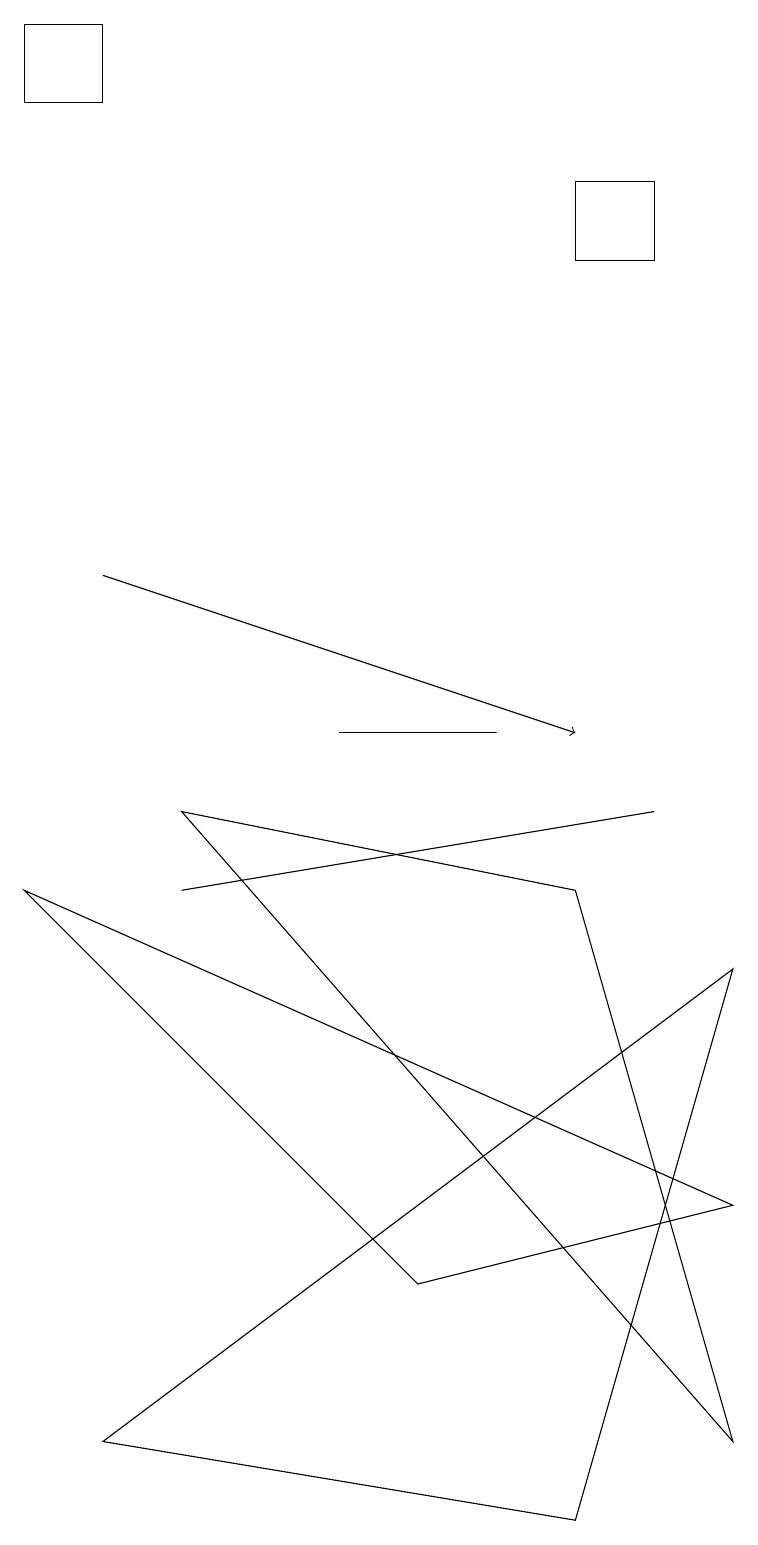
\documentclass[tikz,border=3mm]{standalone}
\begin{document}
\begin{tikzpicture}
\draw (5,3) -- (0,8) -- (9,4) -- cycle;
\draw (4,10) rectangle (6,10);
\draw (7,8) -- (2,9) -- (9,1) -- cycle;
\draw[->] (1,12) -- (7,10);
\draw (1,18) rectangle (0,19);
\draw (8,17) rectangle (7,16);
\draw (8,9) -- (2,8) -- (2,8) -- cycle;
\draw (1,1) -- (9,7) -- (7,0) -- cycle;
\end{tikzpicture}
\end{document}